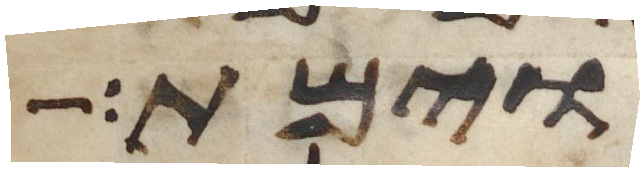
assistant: וימת